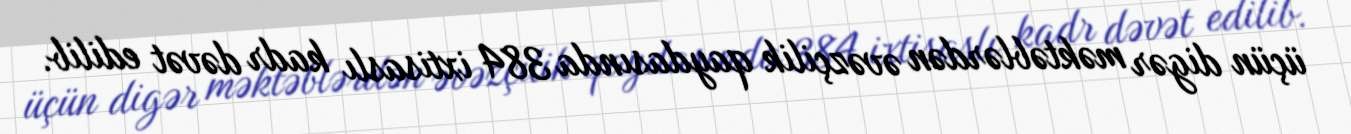
üçün digər məktəblərdən əvəzçilik qaydasında 384 ixtisaslı kadr dəvət edilib.